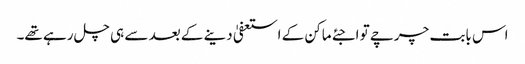
اس بابت چرچے تو اجئے ماکن کے استعفیٰ دینے کے بعد سے ہی چل رہے تھے۔